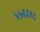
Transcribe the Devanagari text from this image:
५५६६९८